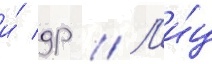
и́ др // Л'и́ц